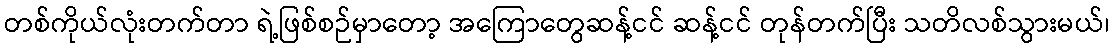
တစ်ကိုယ်လုံးတက်တာ ရဲ့ဖြစ်စဉ်မှာတော့ အကြောတွေဆန့်ငင် ဆန့်ငင် တုန်တက်ပြီး သတိလစ်သွားမယ်၊